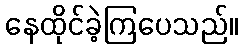
နေထိုင်ခဲ့ကြပေသည်။